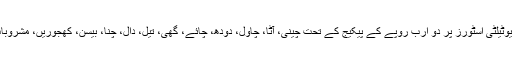
درآمدی کینولا بیج پر 400 روپے فی میڑک ٹن ڈیوٹی لگادی گئی، تاہم یوٹیلٹی اسٹورز پر دو ارب روپے کے پیکیج کے تحت چینی، آٹا، چاول، دودھ، چائے، گھی، تیل، دال، چنا، بیسن، کھجوریں، مشروبات اور مصالحہ جات سستے نرخوں دینے کی تجویز بجٹ میں شامل ہے۔